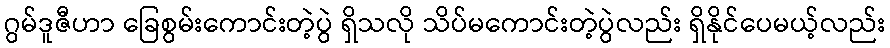
ဂွမ်ဒူဇီဟာ ခြေစွမ်းကောင်းတဲ့ပွဲ ရှိသလို သိပ်မကောင်းတဲ့ပွဲလည်း ရှိနိုင်ပေမယ့်လည်း